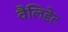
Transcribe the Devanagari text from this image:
वैलिडेट